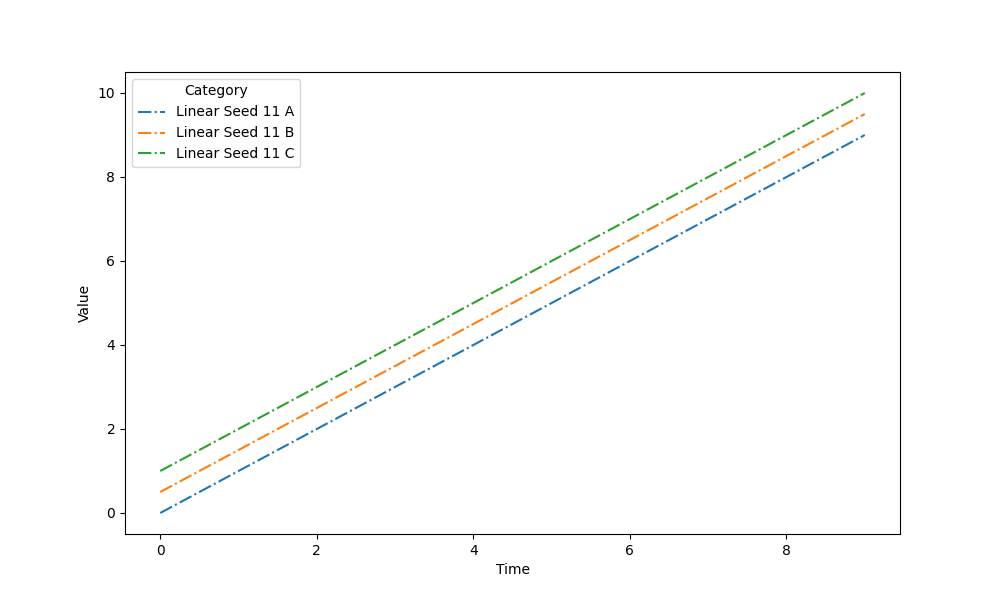
python, seaborn, lineplot, style='dashdot', marker='None'